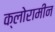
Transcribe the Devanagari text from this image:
क्लोरामीन